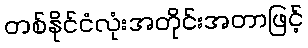
တစ်နိုင်ငံလုံးအတိုင်းအတာဖြင့်